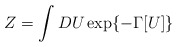
\begin{align*}Z=\int DU\exp\{-\Gamma[U]\}\end{align*}